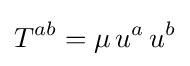
T^{ab}=\mu \,u^{a}\,u^{b}